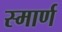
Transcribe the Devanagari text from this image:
स्मार्ण